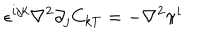
LaTeX: \epsilon ^ { i j k } \nabla ^ { 2 } \partial _ { j } C _ { k T } = - \nabla ^ { 2 } \pi ^ { i }